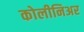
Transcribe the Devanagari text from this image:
कोलीनिअर